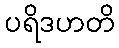
ပရိဒဟတိ